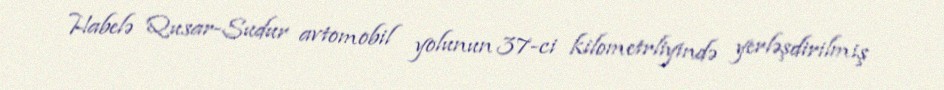
Habelə Qusar-Sudur avtomobil yolunun 37-ci kilometrliyində yerləşdirilmiş